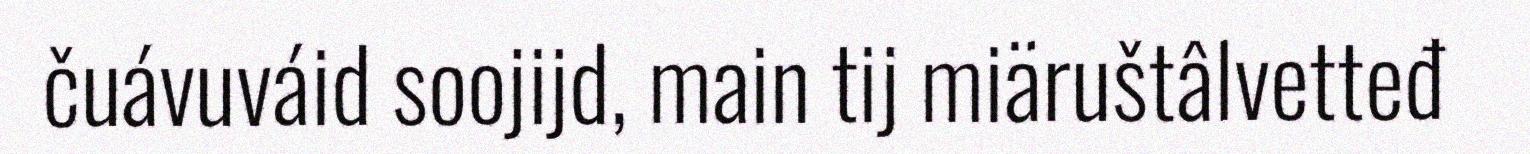
čuávuváid soojijd, main tij miäruštâlvetteđ